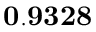
\mathbf { 0 . 9 3 2 8 }